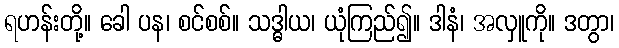
ရဟန်းတို့။ ခေါ ပန၊ စင်စစ်။ သဒ္ဓါယ၊ ယုံကြည်၍။ ဒါနံ၊ အလှူကို။ ဒတွာ၊